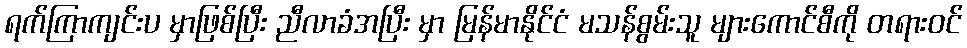
ရက်ကြာကျင်းပ မှာဖြစ်ပြီး ညီလာခံအပြီး မှာ မြန်မာနိုင်ငံ မသန်စွမ်းသူ များကောင်စီကို တရားဝင်